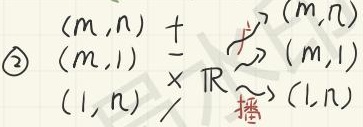
\(
\begin{align*}
\textcircled{2}&(m,n)\not +\\
&(m,1)\underline{+}\overset{\text{TR}}{\sim}(m,1)\\
&(1,n)\not\times\overset{\text{播}}{\sim}(1,n)
\end{align*}
\)